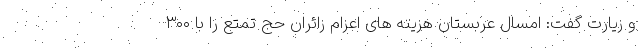
و زیارت گفت: امسال عربستان هزینه های اعزام زائران حج تمتع را با ۳۰۰